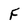
Character: f